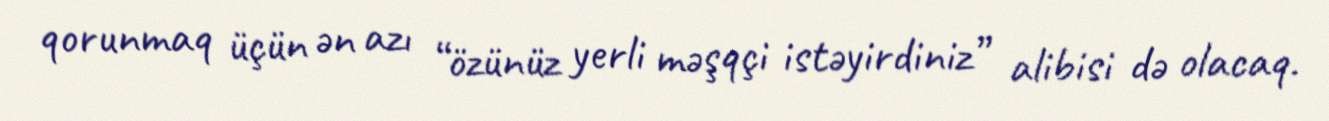
qorunmaq üçün ən azı “özünüz yerli məşqçi istəyirdiniz” alibisi də olacaq.